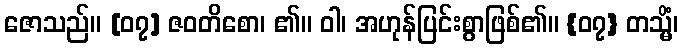
ဇောသည်။ [၀၇] ဇဝတိစော၊ ၏။ ဝါ၊ အဟုန်ပြင်းစွာဖြစ်၏။ {၀၇} တသ္မိံ၊